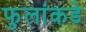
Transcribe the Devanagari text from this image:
फुलांकडे